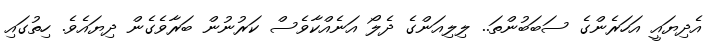
އެދިޔައީ އަހަރެންގެ ސަބަބުންތަ.. ލިލިއަންގެ ދެލޯ އަނެއްކާވެސް ކަރުނުން ބަރާވެގެން ދިޔައެވެ. ހިތުގައި